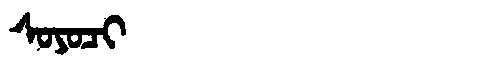
Manchu: ᠰᠣᠶᠣᠴᡳ
Romanization: SOYOCI